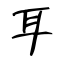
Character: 耳